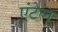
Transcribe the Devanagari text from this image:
एंटेल